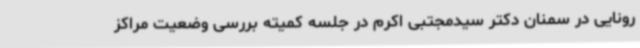
رونایی در سمنان دکتر سیدمجتبی اکرم در جلسه کمیته بررسی وضعیت مراکز